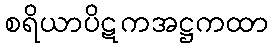
စရိယာပိဋကအဋ္ဌကထာ